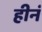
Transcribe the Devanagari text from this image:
हीनं